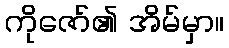
ကိုဇော်၏ အိမ်မှာ။